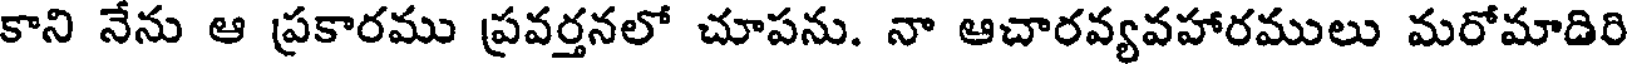
కాని నేను ఆ ప్రకారము ప్రవర్తనలో చూపను. నా ఆచారవ్యవహారములు మరోమాదిరి